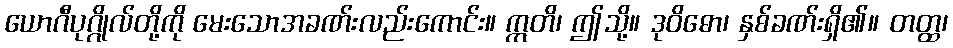
ယောဂီပုဂ္ဂိုလ်တို့ကို မေးသောအခဏ်းလည်းကောင်း။ ဣတိ၊ ဤသို့။ ဒုဝိဓော၊ နှစ်ခဏ်းရှိ၏။ တတ္ထ၊